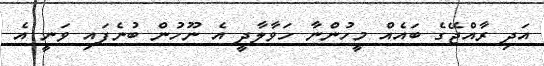
އަދި ރާއްޖޭގެ ބައެއް މީހުންނާ ހަވާލާދީ އެ ނޫހުން ބުނެފައި ވަނީ އެ